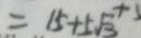
= 1 5 + 5 \sqrt { 3 } + 5